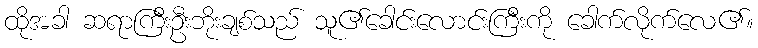
ထိုအခါ ဆရာကြီးဦးဘိုးချစ်သည် သူ၏ခေါင်းလောင်းကြီးကို ခေါက်လိုက်လေ၏။